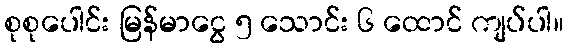
စုစုပေါင်း မြန်မာငွေ ၅ သောင်း ၆ ထောင် ကျပ်ပါ။